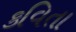
કવિતા